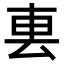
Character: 𨊢